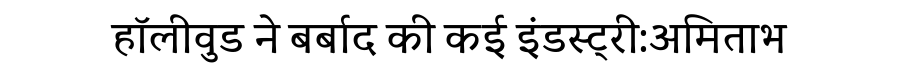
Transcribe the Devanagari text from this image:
हॉलीवुड ने बर्बाद की कई इंडस्ट्री:अमिताभ